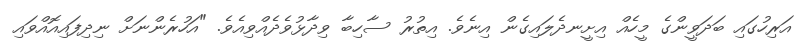
އަރިހުގައި ބަދަވީންގެ މީހެއް އިށީނދެލައިގެން އިނެވެ. އިތުރު ސާހިބާ ވިދާޅުވެދެއްވިއެވެ. "އަހުރެންނަށް ނިދިފައިއޮއްވައި